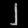
Digit: ၂